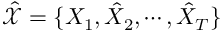
\hat { \mathcal { X } } = \{ X _ { 1 } , \hat { X } _ { 2 } , \cdots , \hat { X } _ { T } \}